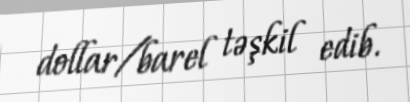
dollar/barel təşkil edib.